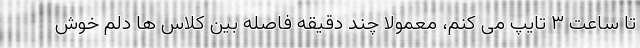
تا ساعت ۳ تایپ می کنم، معمولا چند دقیقه فاصله بین کلاس ها دلم خوش